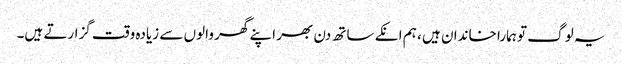
یہ لوگ تو ہمارا خاندان ہیں ، ہم انکے ساتھ دن بھر اپنے گھر والوں سے زیادہ وقت گزارتے ہیں۔